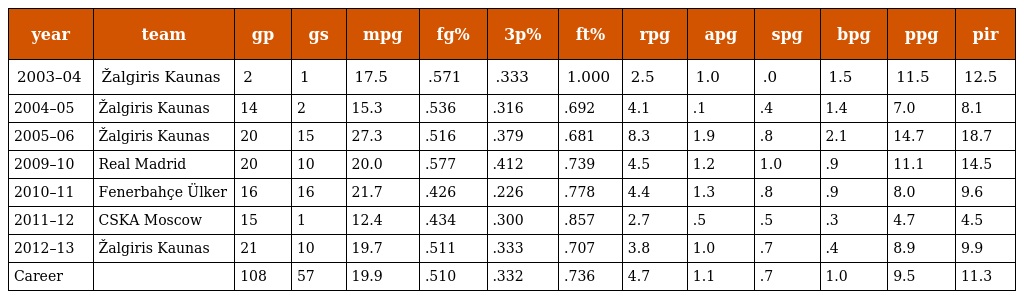
| year | team | gp | gs | mpg | fg% | 3p% | ft% | rpg | apg | spg | bpg | ppg | pir |
 | --- | --- | --- | --- | --- | --- | --- | --- | --- | --- | --- | --- | --- | --- |
 | 2003–04 | Žalgiris Kaunas | 2 | 1 | 17.5 | .571 | .333 | 1.000 | 2.5 | 1.0 | .0 | 1.5 | 11.5 | 12.5 |
 | 2004–05 | Žalgiris Kaunas | 14 | 2 | 15.3 | .536 | .316 | .692 | 4.1 | .1 | .4 | 1.4 | 7.0 | 8.1 |
 | 2005–06 | Žalgiris Kaunas | 20 | 15 | 27.3 | .516 | .379 | .681 | 8.3 | 1.9 | .8 | 2.1 | 14.7 | 18.7 |
 | 2009–10 | Real Madrid | 20 | 10 | 20.0 | .577 | .412 | .739 | 4.5 | 1.2 | 1.0 | .9 | 11.1 | 14.5 |
 | 2010–11 | Fenerbahçe Ülker | 16 | 16 | 21.7 | .426 | .226 | .778 | 4.4 | 1.3 | .8 | .9 | 8.0 | 9.6 |
 | 2011–12 | CSKA Moscow | 15 | 1 | 12.4 | .434 | .300 | .857 | 2.7 | .5 | .5 | .3 | 4.7 | 4.5 |
 | 2012–13 | Žalgiris Kaunas | 21 | 10 | 19.7 | .511 | .333 | .707 | 3.8 | 1.0 | .7 | .4 | 8.9 | 9.9 |
 | Career |  | 108 | 57 | 19.9 | .510 | .332 | .736 | 4.7 | 1.1 | .7 | 1.0 | 9.5 | 11.3 |